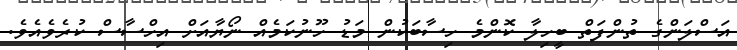
އަސްލަންގެ ތުންފަތް ބީހިލާ ކޮންމެ ހިސާބަކުން މަޑު ހޫނުކަމެއް ނޯޔާއަށް އިހްސާސް ކުރެވެއެވެ.